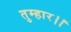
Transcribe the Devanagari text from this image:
तुम्‍हार।।